Annual report of the Punjab Veterinary College and of the Civil Veterinary Department, Punjab - 1894-1908
Year: 1894
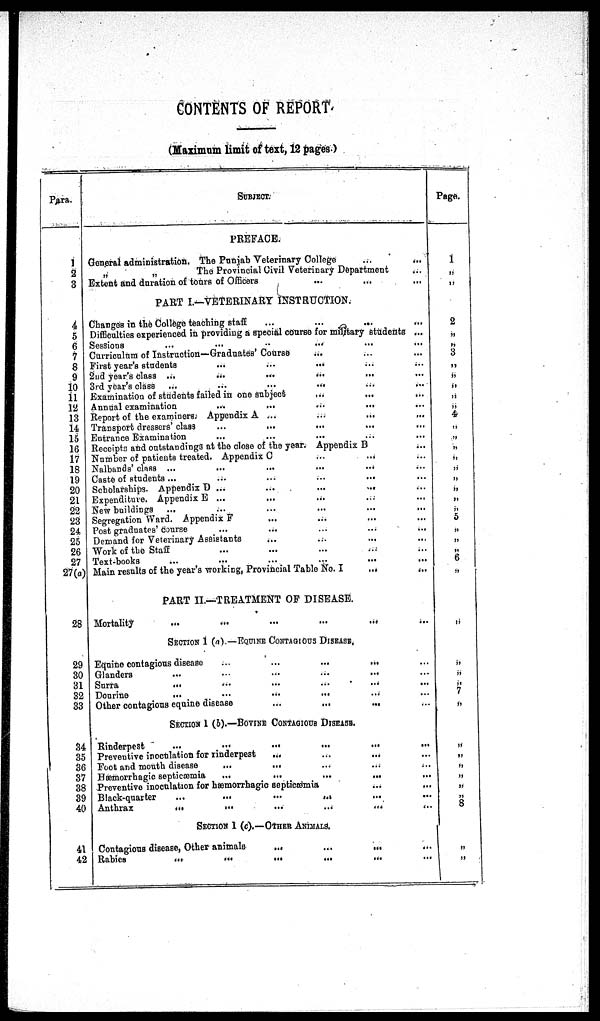
CONTENTS OF REPORT
(Maximum limit of text, 12 pages.)
Para.
1
2
3
4
5
6
7
8
9
10
11
12
13
14
15
16
17
18
19
20
21
22
23
24
25
26
27
27(a)
28
29
30
31
32
33
34
35
36
37
38
39
40
41
42
SUBJECT.
PREFACE.
General administration. The Punjab Veterinary College
...
...
„
„
The Provincial Civil Veterinary Department ...
Extent and duration of tours of Officers ... ... ...
PART I.—VETERINARY INSTRUCTION.
Changes in the College teaching staff ... ... ... ... ...
Difficulties experienced in providing a special course for miltary students ...
Sessions
...
...
...
... ... ...
Curriculum of Instruction—Graduates'Course ... ... ...
First year's students
...
...
... ... ...
2nd year's class ...
...
...
...
...
...
3rd year's class ...
...
...
... ...
Examination of students failed in one subject ... ... ... ...
Annual examination
... ... ... ...
Report of the examiners; Appendix A ... ... ... ...
Transport dressers' class ... ... ... ... ...
Entrance Examination ... ... ... ... ...
Receipts and outstandings at the close of the year. Appendix B ...
Number of patients treated. Appendix C ... ... ...
Nalbands' class ... ... ... ...
Caste of students ... ... ...
Scholarships. Appendix D ...
...
...
...
Expenditure. Appendix E ... ... ... ... ...
New buildings ... ... ... ... ... ...
Segregation Ward. Appendix F ... ... ... ...
Post graduates' course ... ... ... ... ... ...
Demand for Veterinary Assistants ... ... ... ... ...
Work of the Staff ... ... ... ... ... ...
Text-books ... ... ... ... ...
Main results of the year's working, Provincial Table No. I
... ...
PART II.—TREATMENT OP DISEASE.
Mortality
...
...
...
...
...
SECTION 1 (a) —EQUINE CONTAGIOUS DISEASE.
Equine contagious disease
...
...
...
...
...
Glanders
...
...
...
...
...
Surra
...
...
...
...
...
...
Dourine
...
...
...
... ...
Other contagious equine disease
...
...
...
SECTION 1 (&).—BOVINE CONTAGIOUS DISEASE.
Rinderpest
...
...
...
...
...
...
Preventive inoculation for rinderpest
...
...
...
Foot and mouth disease
...
... ... ... ...
Hæmorrhagic septicæmia
...
...
...
...
Preventive inoculation for hæmorrhagic septicæmia ... ...
Black-quarter
...
...
...
...
Anthrax
...
...
...
...
...
...
SECTION 1 (c).—OTHER ANIMALS.
Contagious disease, Other animals
...
...
...
Rabies
...
...
...
...
...
...
Page.
1
„
„
2
„
„
3
„
„
„
„
„
4
„
„
„
„
„
„
„
„
„
5
„
„
„
6
„
„
„
„
7
„
„
„
„
„
„
8
„
„